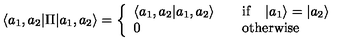
{ } \langle a _ { 1 } , a _ { 2 } | \Pi | a _ { 1 } , a _ { 2 } \rangle = \left\{ \begin{array} { l l } { \langle a _ { 1 } , a _ { 2 } | a _ { 1 } , a _ { 2 } \rangle } & { \quad \mathrm { i f } \quad | a _ { 1 } \rangle = | a _ { 2 } \rangle } \\ { 0 } & { \quad \mathrm { o t h e r w i s e } } \\ \end{array} \right.